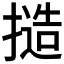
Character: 𢳥